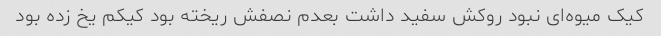
کیک میوه‌ای نبود روکش سفید داشت بعدم نصفش ریخته بود کیکم یخ زده بود